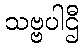
သဗ္ဗပါဌီ